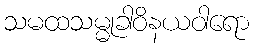
သမထသမ္မုခါဝိနယဝါရော